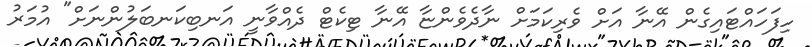
ހިފަހައްޓައިގެން އޭނާ އަށް ވެރިކަމަށް ނާދެވެންޏާ އޭނާ ޓިކެޓް ދެއްވާނީ އަނބިކަނބަލުންނަށް" އުމަރު